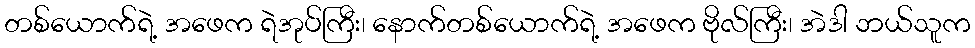
တစ်ယောက်ရဲ့ အဖေက ရဲအုပ်ကြီး၊ နောက်တစ်ယောက်ရဲ့ အဖေက ဗိုလ်ကြီး၊ အဲဒါ ဘယ်သူက